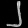
Digit: ၂